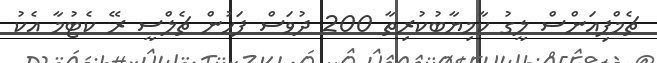
ޗެމްޕިއަންސް ލީގު ކާމިޔާބުކުރިތާ 200 ދުވަސް ފަހުން ޗެލްސީ ރޭ ކެޓުމާ އެކު